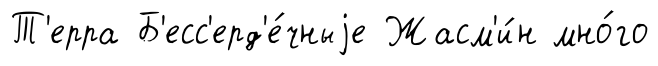
Т'ерра Б'есс'ерд'е́чныjе Жасм'и́н мно́го